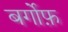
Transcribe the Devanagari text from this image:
बर्गोफ़